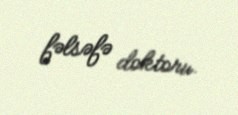
fəlsəfə doktoru.